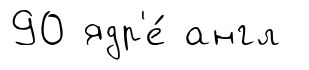
90 ядр'е́ англ